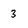
Character: 3